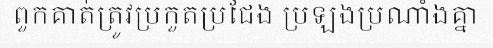
ពួកគាត់ត្រូវប្រកួតប្រជែង ប្រឡងប្រណាំងគ្នា